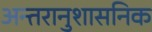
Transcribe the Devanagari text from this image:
अन्तरानुशासनिक